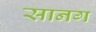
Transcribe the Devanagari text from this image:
सानग